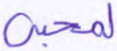
لمحيي